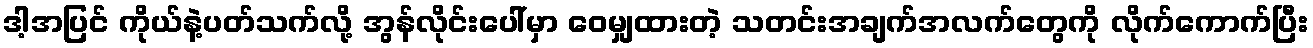
ဒါ့အပြင် ကိုယ်နဲ့ပတ်သက်လို့ အွန်လိုင်းပေါ်မှာ ဝေမျှထားတဲ့ သတင်းအချက်အလက်တွေကို လိုက်ကောက်ပြီး